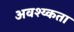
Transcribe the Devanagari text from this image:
अवश्य्कता